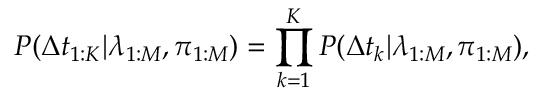
P ( \Delta t _ { 1 : K } | \lambda _ { 1 : M } , \pi _ { 1 : M } ) = \prod _ { k = 1 } ^ { K } P ( \Delta t _ { k } | \lambda _ { 1 : M } , \pi _ { 1 : M } ) ,